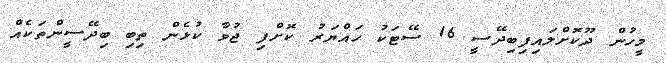
މީހުން ދޫކޮށްލައިފިބިދޭސީ 16 ސޭޓަކު ހައްޔަރު ކޮށްފި ޖުވާ ކުޅެން ތިބި ބިދޭސީންތަކެއް